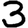
Digit: 3